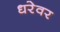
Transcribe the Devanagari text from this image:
धरेवर